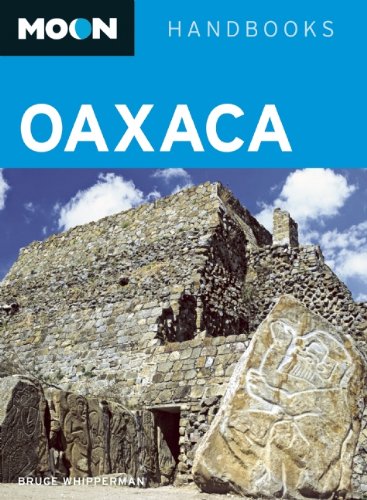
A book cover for Moon Oaxaca (Moon Handbooks); Bruce Whipperman; Travel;